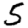
Digit: 5